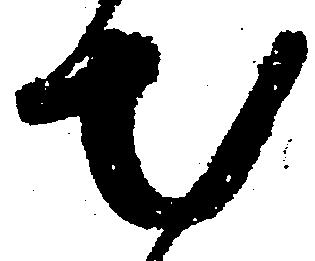
出